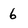
Character: 6